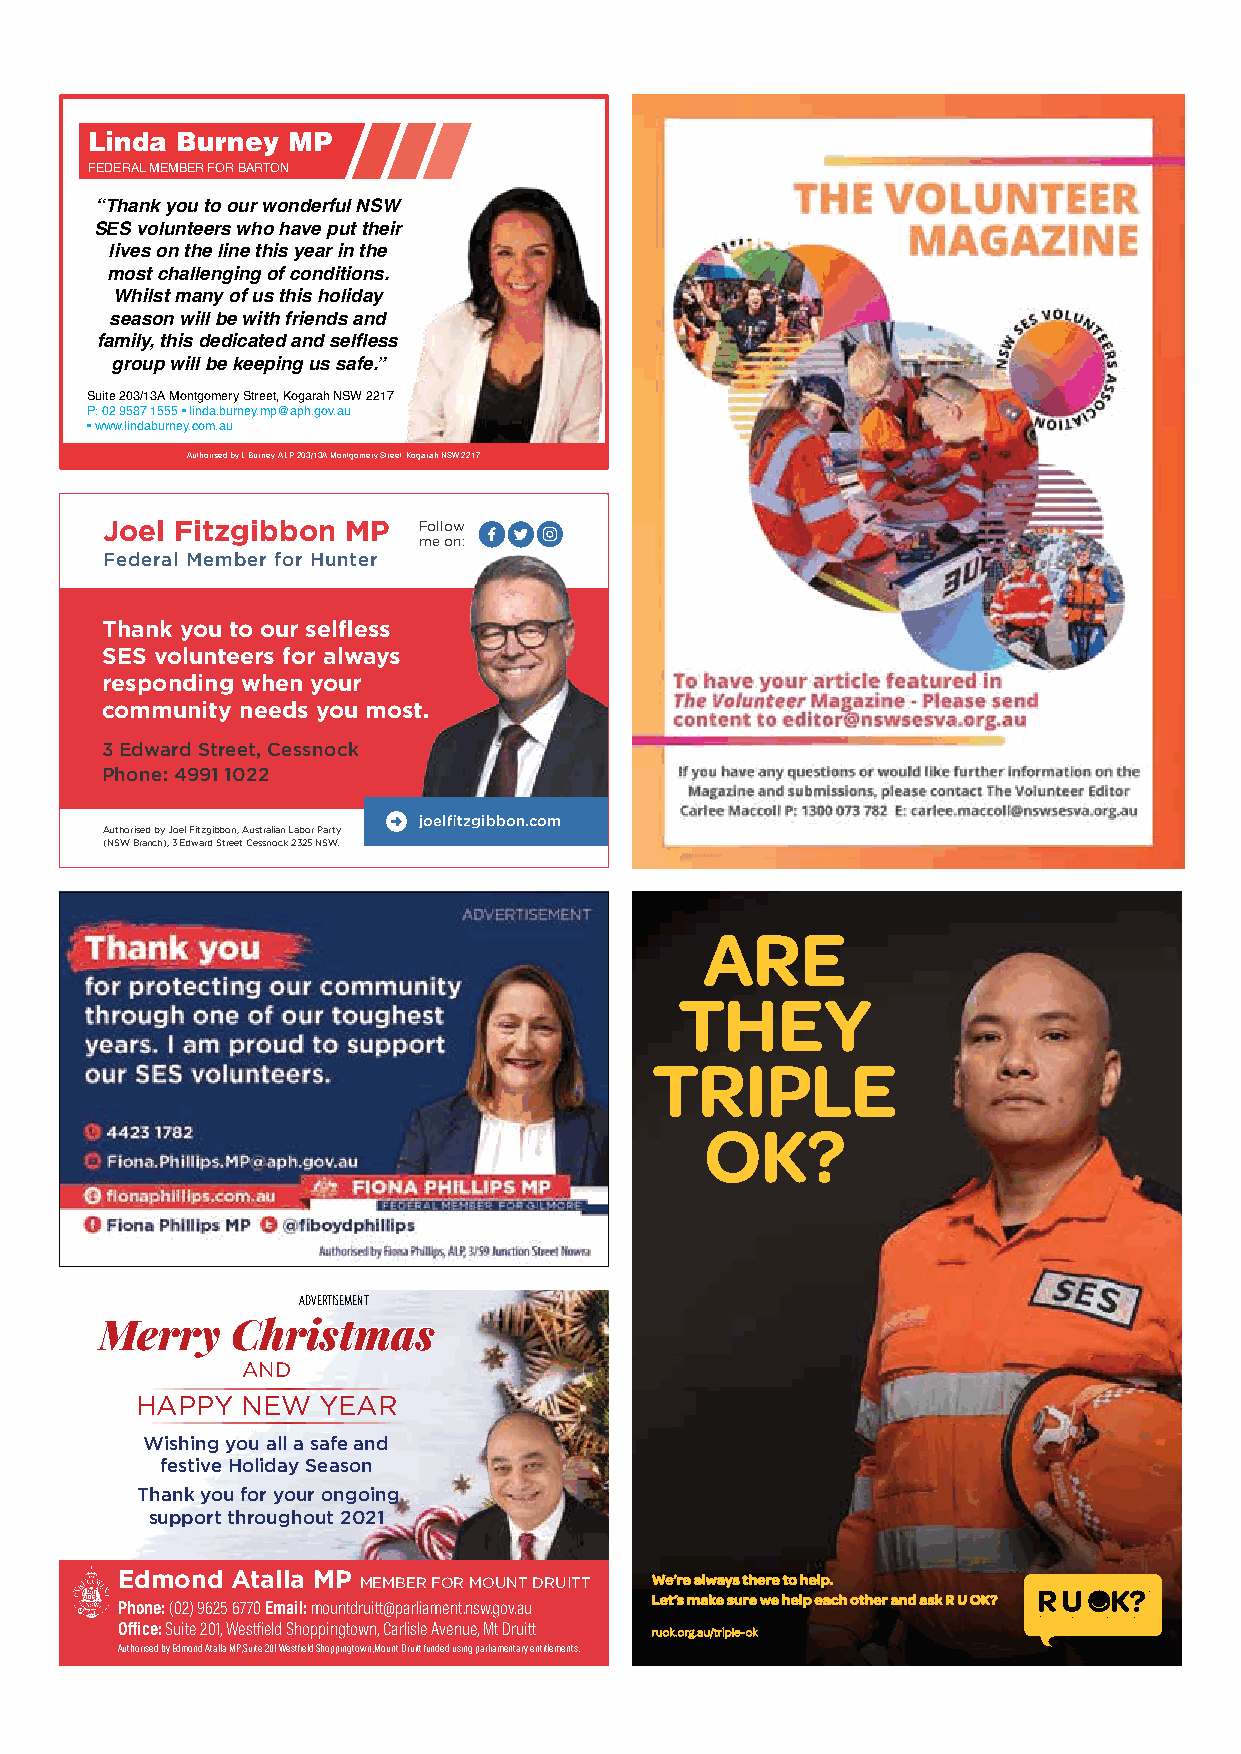
Linda Burney MP
 FEDERAL MEMBER FOR BARTON
 “Thank you to our wonderful NSW
 SES volunteers who have put their
 lives on the line this year in the
 most challenging of conditions.
 Whilst many of us this holiday
 season will be with friends and
 family, this dedicated and selfl ess
 group will be keeping us safe.”
 Suite 203/13A Montgomery Street, Kogarah NSW 2217
 P: 02 9587 1555 • linda.burney.mp@aph.gov.au
 • www.lindaburney.com.au
 Authorised by L.Burney, ALP, 203/13A Montgomery Street, Kogarah NSW 2217
 Joel Fitzgibbon MP   Follow
 me on:
 Federal Member for Hunter
 Thank you to our selfless
 SES volunteers for always
 responding when your
 community needs you most.
 3 Edward Street, Cessnock
 Phone: 4991 1022
 joelfitzgibbon.com
 Authorised by Joel Fitzgibbon, Australian Labor Party
 (NSW Branch), 3 Edward Street Cessnock 2325 NSW.
 ARE
 THEY
 TRIPLE
 OK?
 ADVERTISEMENT
 Merry   Christmas
 AND
 HAPPY  NEW  YEAR
 Wishing you all a safe and
 festive Holiday Season
 Thank you for your ongoing
 support throughout 2021
 Edmond Atalla MP MEMBER FOR MOUNT DRUITT We’re always there to help.
 Let’s make sure we help each other and ask R U OK?
 Phone: (02) 9625 6770 Email: mountdruitt@parliament.nsw.gov.au
 Office: Suite 201, Westfield Shoppingtown, Carlisle Avenue, Mt Druitt ruok.org.au/triple-ok
 Authorised by Edmond Atalla MP, Suite 201 Westfield Shoppingtown, Mount Druitt funded using parliamentary entitlements.